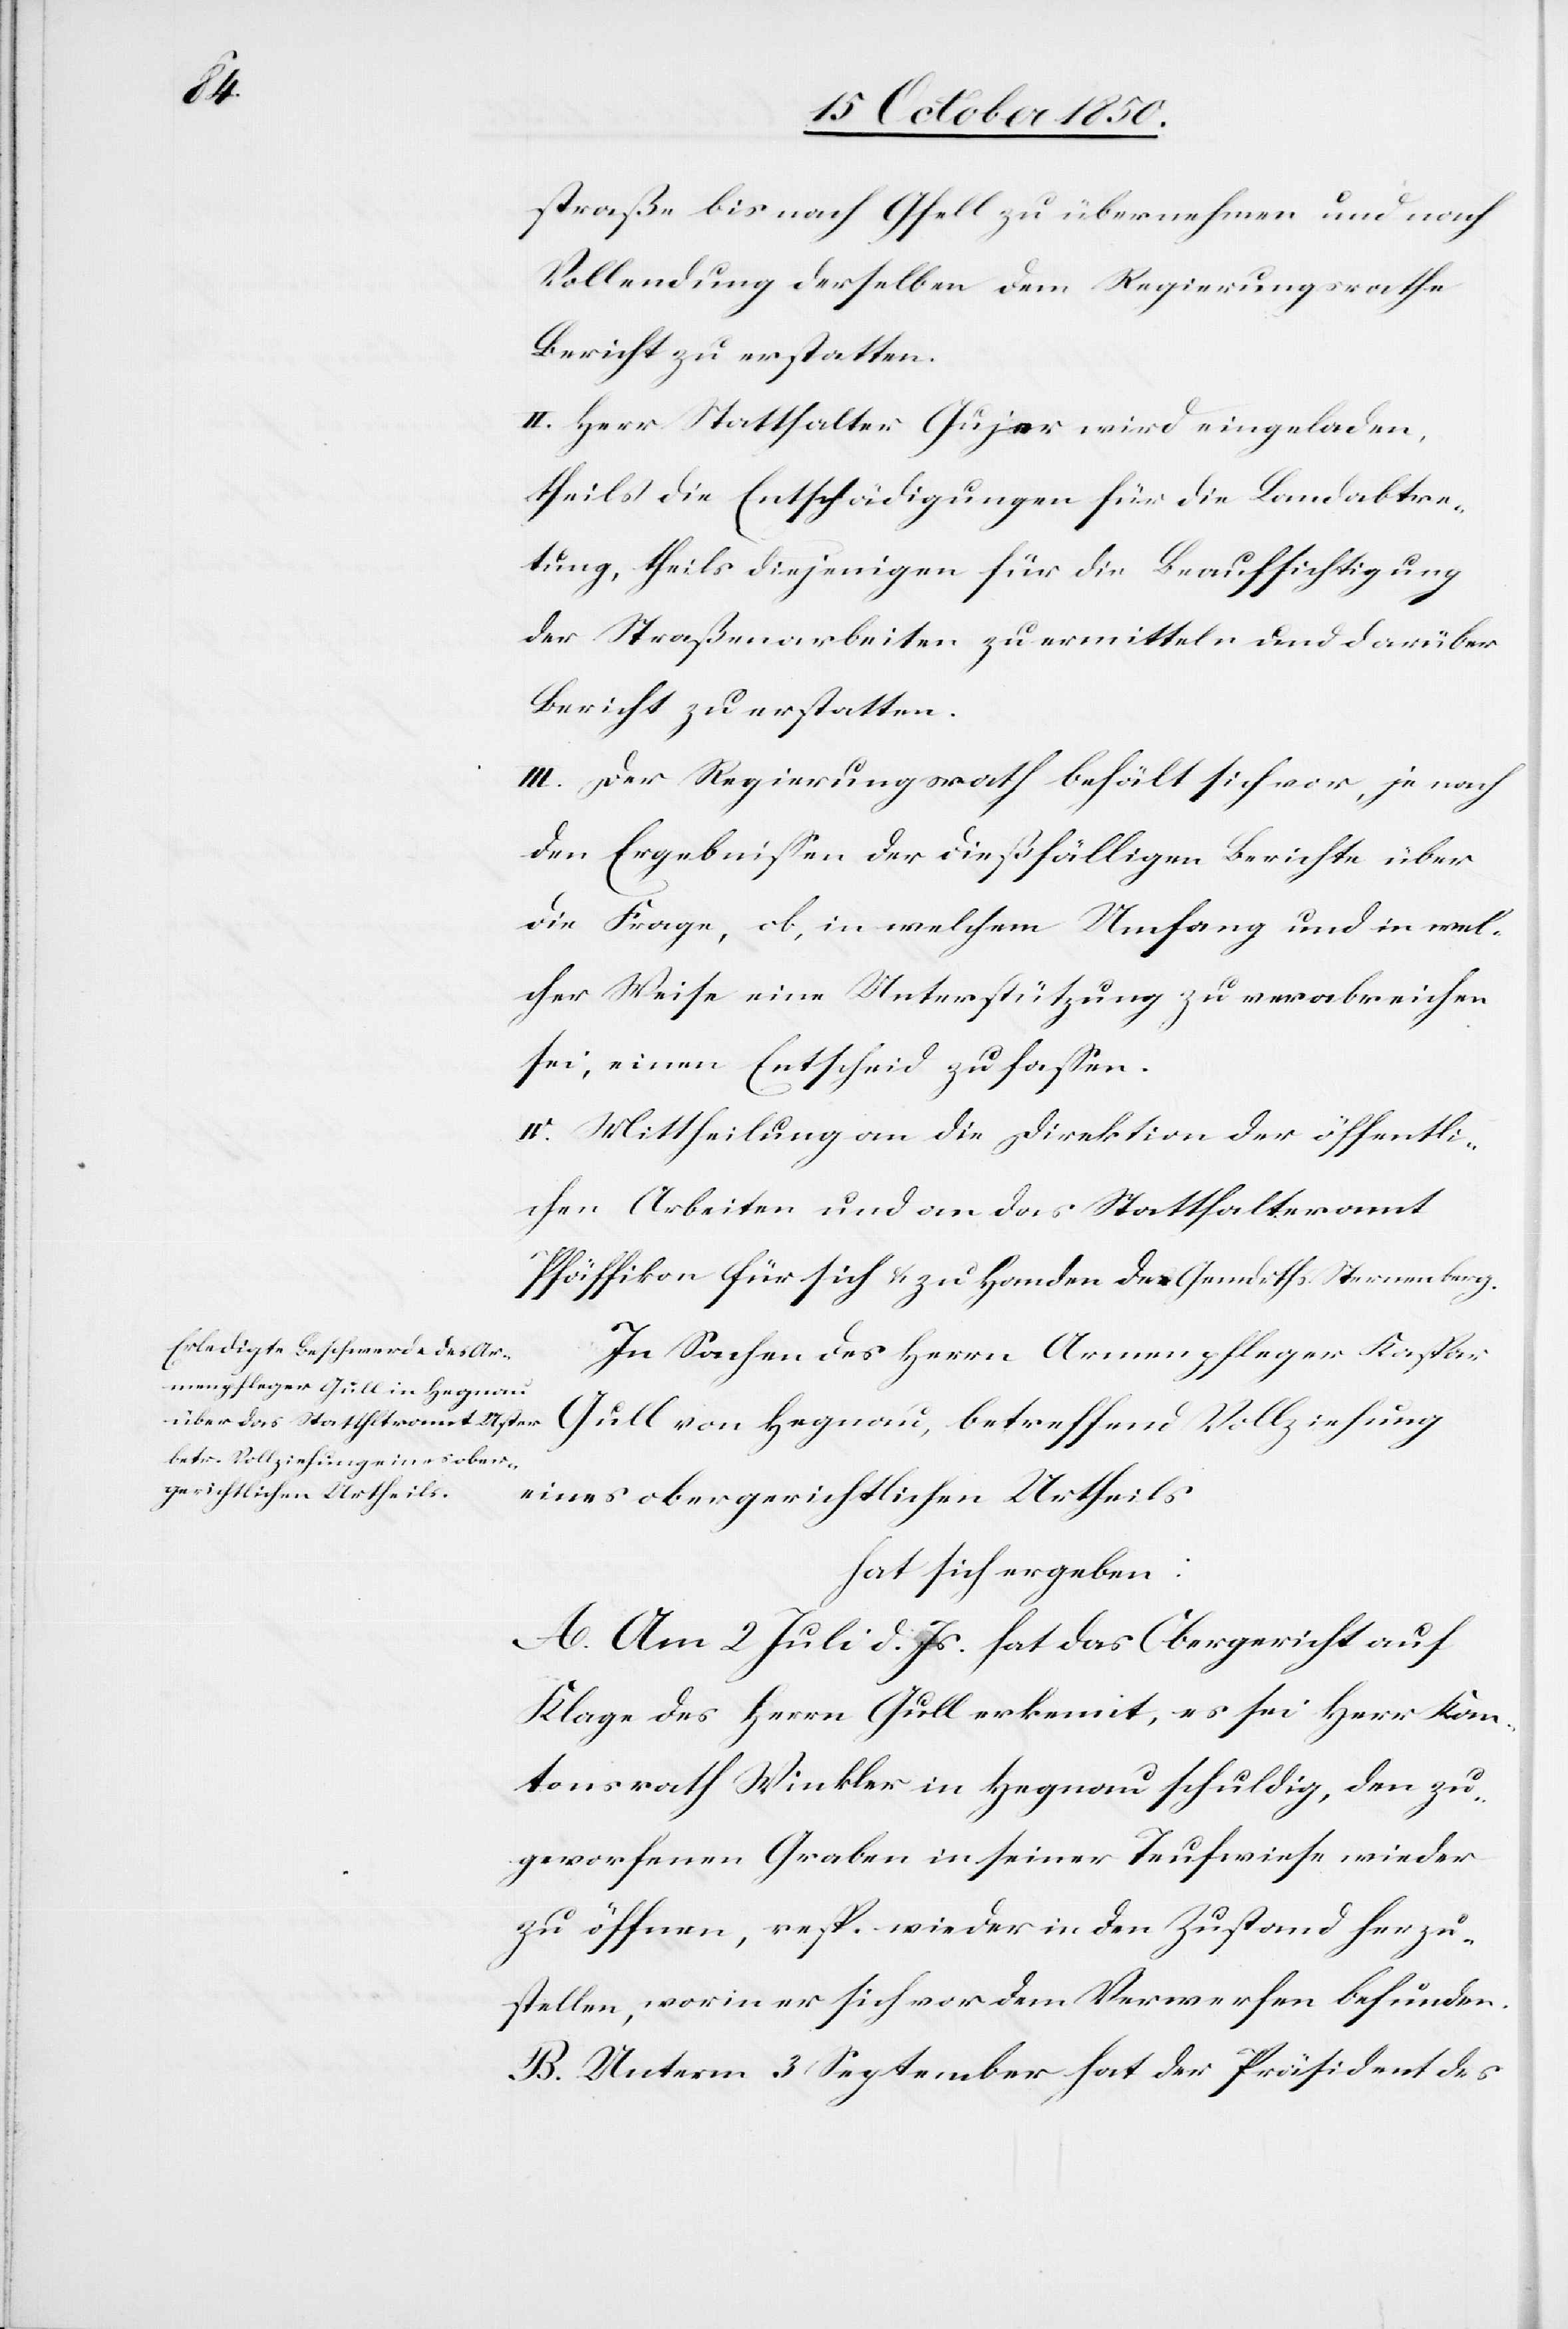
straße bis nach Gfell zu übernehmen und nach
Vollendung derselben dem Regierungsrathe
Bericht zu erstatten.
II. Herr Statthalter Gujer wird eingeladen,
theils die Entschädigungen für die Landabtre¬
tung, theils diejenigen für die Beaufsichtigung
der Straßenarbeiten zu ermitteln und darüber
Bericht zu erstatten.
III. Der Regierungsrath behält sich vor, je nach
den Ergebnissen der dießfälligen Berichte über
die Frage, ob, in welchem Umfang und in wel¬
cher Weise eine Unterstützung zu verabreichen
sei, einen Entscheid zu fassen.
IV. Mittheilung an die Direktion der öffentli¬
chen Arbeiten und an das Statthalteramt
Pfäffikon für sich u. zu Handen des Gemdrths. Sternenberg.
In Sachen des Herrn Armenpfleger Kaspar
Gull von Hegnau, betreffend Vollziehung
eines obergerichtlichen Urtheils
hat sich ergeben:
A. Am 2 Juli d. Js. hat das Obergericht auf
Klage des Herrn Gull erkennt, es sei Herr Kan¬
tonsrath Winkler in Hegnau schuldig, den zu¬
geworfenen Graben in seiner Teufwiese wieder
zu öffenen, resp. wieder in den Zustand herzu¬
stellen, worin er sich vor dem Verwerfen befunden.
B. Unterm 3 September hat der Präsident des